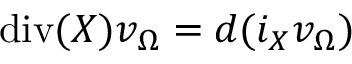
\mathrm { d i v } ( X ) v _ { \Omega } = d ( i _ { X } v _ { \Omega } )